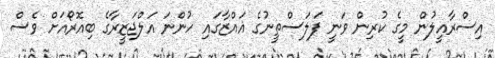
އިސްރާއީލުން މީގެ ކުރިން ވަނީ ފަލަސްތީނުގެ ޣައްޒާގައި ހުންނަ އަލްޖަޒީރާގެ ބިއޮރޯއަށް ވެސް